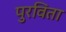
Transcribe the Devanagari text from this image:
पुरविता